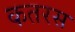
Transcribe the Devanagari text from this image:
कतरस